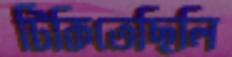
টিকিতেছিলি